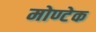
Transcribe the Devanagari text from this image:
मोण्टेक